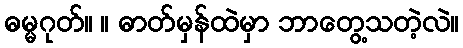
ဓမ္မဂုတ်။ ။ ဓာတ်မှန်ထဲမှာ ဘာတွေ့သတဲ့လဲ။